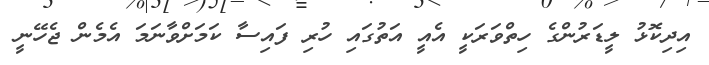
އިދިކޮޅު ލީޑަރުންގެ ހިތްވަރަކީ އެއީ އަތުގައި ހުރި ފައިސާ ކަމަށްވާނަމަ އެމެން ޖެހޭނީ